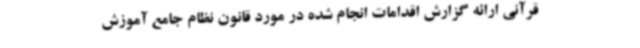
قرآنی ارائه گزارش اقدامات انجام شده در مورد قانون نظام جامع آموزش